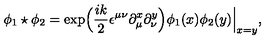
\phi _ { 1 } \star \phi _ { 2 } = \exp \Bigl ( \frac { i k } { 2 } \epsilon ^ { \mu \nu } \partial _ { \mu } ^ { x } \partial _ { \nu } ^ { y } \Bigr ) \phi _ { 1 } ( x ) \phi _ { 2 } ( y ) \Big \vert _ { x = y } ,